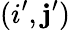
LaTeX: (i^{\prime},\mathbf{j}^{\prime})